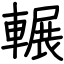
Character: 輾